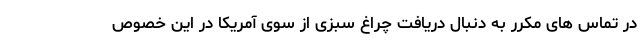
در تماس های مکرر به دنبال دریافت چراغ سبزی از سوی آمریکا در این خصوص